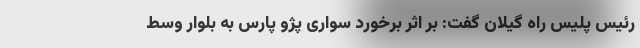
رئیس پلیس راه گیلان گفت: بر اثر برخورد سواری پژو پارس به بلوار وسط